Indian journal of veterinary science and animal husbandry - Volume 4,
Year: 1934
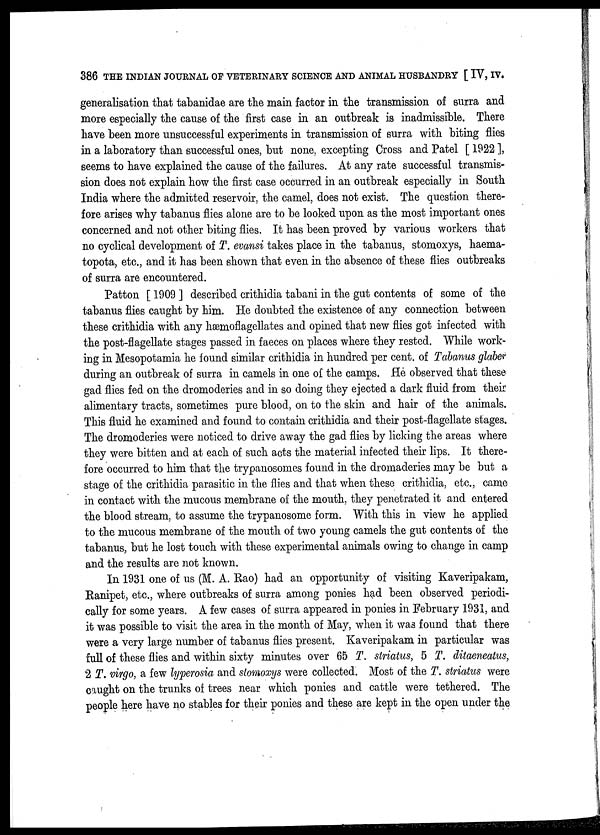
386 THE INDIAN JOURNAL OF VETERINARY SCIENCE AND ANIMAL HUSBANDRY [ IV, IV.
generalisation that tabanidae are the main factor in the transmission of surra and
more especially the cause of the first case in an outbreak is inadmissible. There
have been more unsuccessful experiments in transmission of surra with biting flies
in a laboratory than successful ones, but none, excepting Cross and Patel [ 1922 ],
seems to have explained the cause of the failures. At any rate successful transmis-
sion does not explain how the first case occurred in an outbreak especially in South
India where the admitted reservoir, the camel, does not exist. The question there-
fore arises why tabanus flies alone are to be looked upon as the most important ones
concerned and not other biting flies. It has been proved by various workers that
no cyclical development of T. evansi takes place in the tabanus, stomoxys, haema-
topota, etc., and it has been shown that even in the absence of these flies outbreaks
of surra are encountered.
Patton [ 1909 ] described crithidia tabani in the gut contents of some of the
tabanus flies caught by him. He doubted the existence of any connection between
these crithidia with any hæmoflagellates and opined that new flies got infected with
the post-flagellate stages passed in faeces on places where they rested. While work-
ing in Mesopotamia he found similar crithidia in hundred per cent. of Tabanus glaber
during an outbreak of surra in camels in one of the camps. He observed that these
gad flies fed on the dromoderies and in so doing they ejected a dark fluid from their
alimentary tracts, sometimes pure blood, on to the skin and hair of the animals.
This fluid he examined and found to contain crithidia and their post-flagellate stages.
The dromoderies were noticed to drive away the gad flies by licking the areas where
they were bitten and at each of such acts the material infected their lips. It there-
fore occurred to him that the trypanosomes found in the dromaderies may be but a
stage of the crithidia parasitic in the flies and that when these crithidia, etc., came
in contact with the mucous membrane of the mouth, they penetrated it and entered
the blood stream, to assume the trypanosome form. With this in view he applied
to the mucous membrane of the mouth of two young camels the gut contents of the
tabanus, but he lost touch with these experimental animals owing to change in camp
and the results are not known.
In 1931 one of us (M. A. Rao) had an opportunity of visiting Kaveripakam,
Ranipet, etc., where outbreaks of surra among ponies had been observed periodi-
cally for some years. A few cases of surra appeared in ponies in February 1931, and
it was possible to visit the area in the month of May, when it was found that there
were a very large number of tabanus flies present. Kaveripakam in particular was
full of these flies and within sixty minutes over 65 T. striatus, 5 T. ditaeneatus,
2 T. virgo, a few lyperosia and stomoxys were collected. Most of the T. striatus were
caught on the trunks of trees near which ponies and cattle were tethered. The
people here have no stables for their ponies and these are kept in the open under the